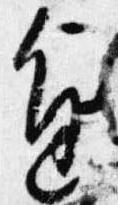
進